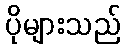
ပိုများသည်